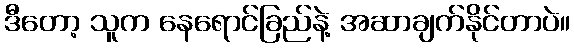
ဒီတော့ သူက နေရောင်ခြည်နဲ့ အဆာချက်နိုင်တာပဲ။